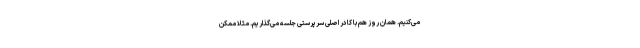
می‌کنیم. همان روز هم با کادر اصلی سرپرستی جلسه می‌گذاریم. مثلا ممکن